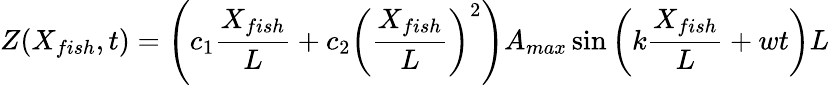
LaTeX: Z({X_{fish}},t)=\left({{c_{1}}\frac{{{X_{fish}}}}{L}+{c_{2}}{{\left({\frac{{{X_{fish}}}}{L}}\right)}^{2}}}\right)A_{max}\sin\left({k\frac{{{X_{fish}}}}{L}+wt}\right)L